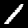
Label: 1